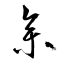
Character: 參